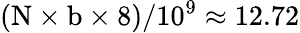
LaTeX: (\mathrm{N}\times\mathrm{b}\times 8)/10^{9}\approx 12.72